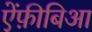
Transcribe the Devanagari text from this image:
ऐंफ़ीबिआ